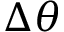
\Delta \theta